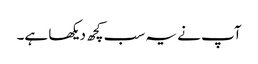
آپ نے یہ سب کچھ دیکھا ہے۔